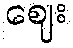
ဈေး